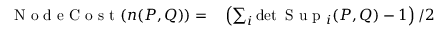
\begin{array} { r l } { \mathrm { ~ N ~ o ~ d ~ e ~ C ~ o ~ s ~ t ~ } ( n ( P , Q ) ) = } & { { } \left( \sum _ { i } \operatorname* { d e t } \mathrm { ~ S ~ u ~ p ~ } _ { i } ( P , Q ) - 1 \right) / 2 } \end{array}